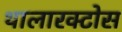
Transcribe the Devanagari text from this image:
थालारक्टोस